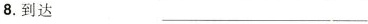
8.到达 ___